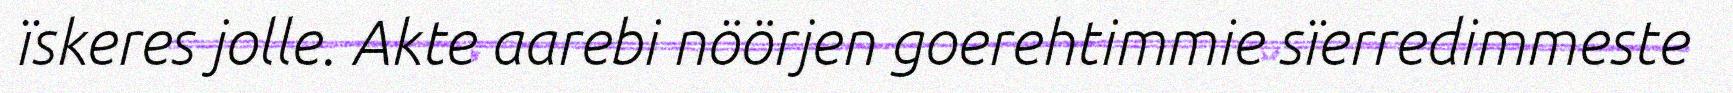
ïskeres jolle. Akte aarebi nöörjen goerehtimmie sïerredimmeste